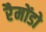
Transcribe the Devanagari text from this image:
रैमोंडो